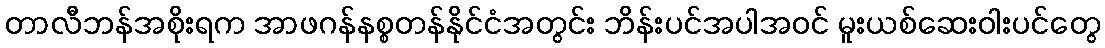
တာလီဘန်အစိုးရက အာဖဂန်နစ္စတန်နိုင်ငံအတွင်း ဘိန်းပင်အပါအဝင် မူးယစ်ဆေးဝါးပင်တွေ